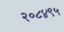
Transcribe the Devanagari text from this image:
२०८४९५